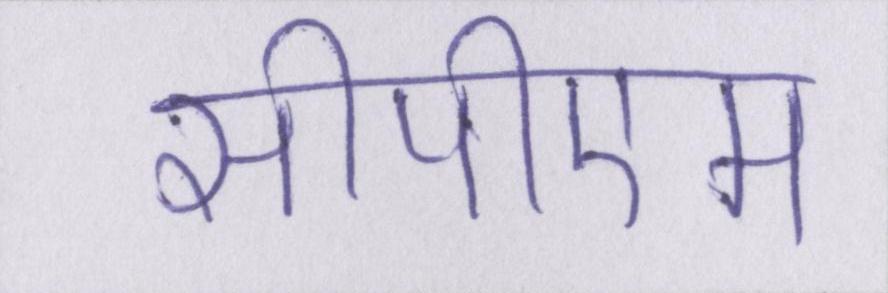
सीपीएम